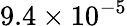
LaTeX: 9.4\times 10^{-5}